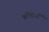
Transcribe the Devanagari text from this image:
बच्चियाँ